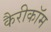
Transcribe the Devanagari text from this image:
कैरीकॉम